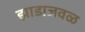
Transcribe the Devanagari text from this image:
झाडाजवळ